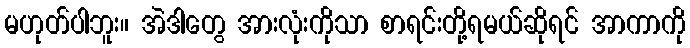
မဟုတ်ပါဘူး။ အဲဒါတွေ အားလုံးကိုသာ စာရင်းတို့ရမယ်ဆိုရင် အာကာကို